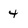
Character: 4